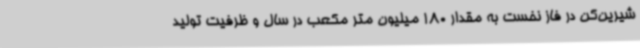
شیرین‌کن در فاز نخست به مقدار 180 میلیون متر مکعب در سال و ظرفیت تولید